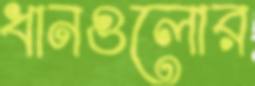
ধানগুলোর